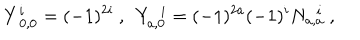
LaTeX: Y _ { ~ 0 , 0 } ^ { i } = ( - 1 ) ^ { 2 i } ~ , ~ ~ Y _ { a , 0 } ^ { ~ ~ i } = ( - 1 ) ^ { 2 a } ( - 1 ) ^ { i } N _ { a , a } ^ { ~ ~ i } ~ ,